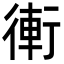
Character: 䡓